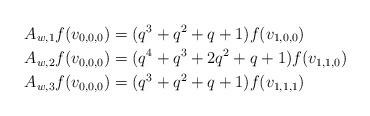
LaTeX: \begin{align*}&A_{w,1}f(v_{0,0,0})=(q^3+q^2+q+1)f(v_{1,0,0})\\&A_{w,2}f(v_{0,0,0})=(q^4+q^3+2q^2+q+1)f(v_{1,1,0})\\&A_{w,3}f(v_{0,0,0})=(q^3+q^2+q+1)f(v_{1,1,1})\end{align*}